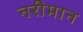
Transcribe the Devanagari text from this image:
नरीमान